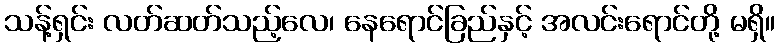
သန့်ရှင်း လတ်ဆတ်သည့်လေ၊ နေရောင်ခြည်နှင့် အလင်းရောင်တို့ မရှိ။